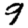
Digit: 9